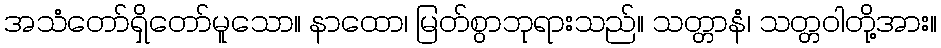
အသံတော်ရှိတော်မူသော။ နာထော၊ မြတ်စွာဘုရားသည်။ သတ္တာနံ၊ သတ္တဝါတို့အား။